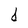
Character: d